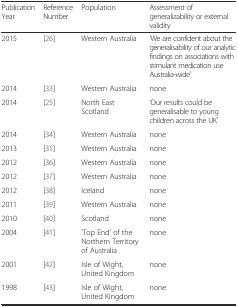
<table><thead><tr><td><b>Publication Year</b></td><td><b>Reference Number</b></td><td><b>Population</b></td><td><b>Assessment of generalizability or external validity</b></td></tr></thead><tbody><tr><td>2015</td><td>[26]</td><td>Western Australia</td><td>‘We are confident about the generalisability of our analytic findings on associations with stimulant medication use Australia-wide’</td></tr><tr><td>2014</td><td>[33]</td><td>Western Australia</td><td>none</td></tr><tr><td>2014</td><td>[25]</td><td>North East Scotland</td><td>‘Our results could be generalisable to young children across the UK&#x27;</td></tr><tr><td>2014</td><td>[34]</td><td>Western Australia</td><td>none</td></tr><tr><td>2013</td><td>[35]</td><td>Western Australia</td><td>none</td></tr><tr><td>2012</td><td>[36]</td><td>Western Australia</td><td>none</td></tr><tr><td>2012</td><td>[37]</td><td>Western Australia</td><td>none</td></tr><tr><td>2012</td><td>[38]</td><td>Iceland</td><td>none</td></tr><tr><td>2011</td><td>[39]</td><td>Western Australia</td><td>none</td></tr><tr><td>2010</td><td>[40]</td><td>Scotland</td><td>none</td></tr><tr><td>2004</td><td>[41]</td><td>‘Top End’ of the Northern Territory of Australia</td><td>none</td></tr><tr><td>2001</td><td>[42]</td><td>Isle of Wight, United Kingdom</td><td>none</td></tr><tr><td>1998</td><td>[43]</td><td>Isle of Wight, United Kingdom</td><td>none</td></tr></tbody></table>